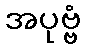
အပုဗ္ဗံ